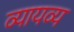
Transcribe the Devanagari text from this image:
व्यायव्य